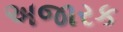
અજારક